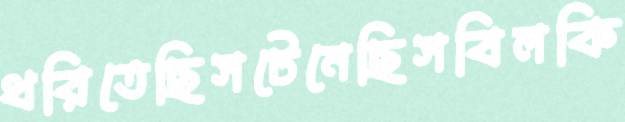
ধরিতেছিসটেনেছিসবিলকি